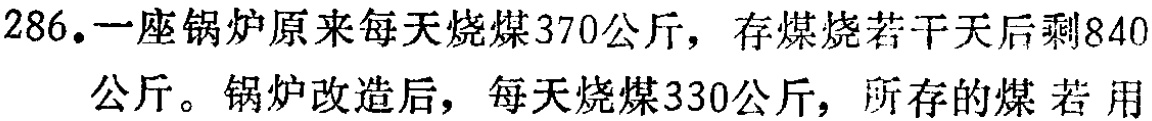
286.一座锅炉原来每天烧煤370公斤，存煤烧若干天后剩840公斤。锅炉改造后，每天烧煤330公斤，所存的煤 若 用